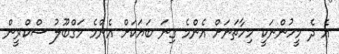
އެ ދެ މީހުންނަކީ މިހާތަނަށް އެންމެ ގިނަ ބަޔަކަށް އެންމެ މަގްބޫލު ސްކްރީން